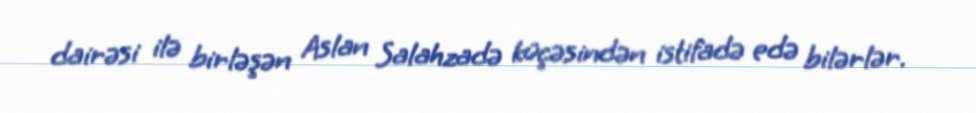
dairəsi ilə birləşən Aslan Salahzadə küçəsindən istifadə edə bilərlər.